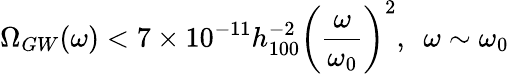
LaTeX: \Omega_{GW}(\omega)<7\times 10^{-11}h_{100}^{-2}\left(\frac{\omega}{\omega_{0}}\right)^{2},~~\omega\sim\omega_{0}